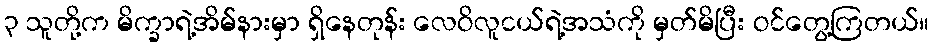
၃ သူတို့က မိက္ခာရဲ့အိမ်နားမှာ ရှိနေတုန်း လေဝိလူငယ်ရဲ့အသံကို မှတ်မိပြီး ဝင်တွေ့ကြတယ်။